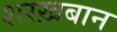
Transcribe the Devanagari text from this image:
शरख़बान